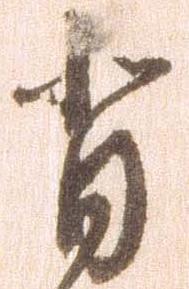
背